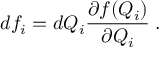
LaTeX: d f _ { i } = d Q _ { i } \frac { \partial f ( Q _ { i } ) } { \partial Q _ { i } } \; .